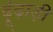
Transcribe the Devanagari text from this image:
ढ़ूंढ़ाड़ी